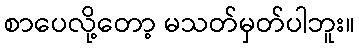
စာပေလို့တော့ မသတ်မှတ်ပါဘူး။